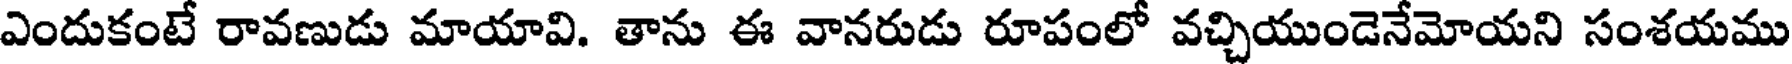
ఎందుకంటే రావణుడు మాయావి. తాను ఈ వానరుడు రూపంలో వచ్చియుండెనేమోయని సంశయము